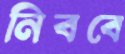
নিববে